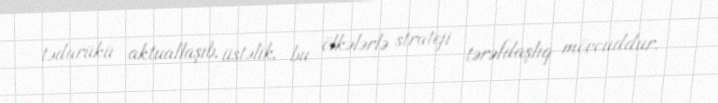
tədarükü aktuallaşıb, üstəlik, bu ölkələrlə strateji tərəfdaşlıq mövcuddur.